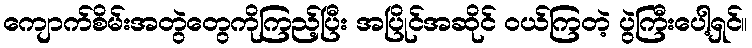
ကျောက်စိမ်းအတွဲတွေကိုကြည့်ပြီး အပြိုင်အဆိုင် ဝယ်ကြတဲ့ ပွဲကြီးပေါ့ရှင်။